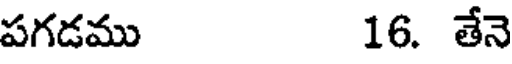
పగడము 16. తేనె